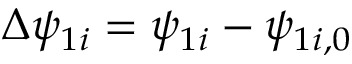
\Delta \psi _ { 1 i } = \psi _ { 1 i } - \psi _ { 1 i , 0 }